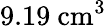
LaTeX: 9.19~\mathrm{cm^{3}}